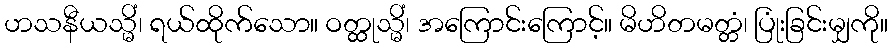
ဟသနီယသ္မိံ၊ ရယ်ထိုက်သော။ ဝတ္ထုသ္မိံ၊ အကြောင်းကြောင့်။ မိဟိတမတ္တံ၊ ပြုံးခြင်းမျှကို။